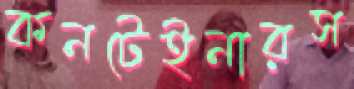
কনটেইনারস